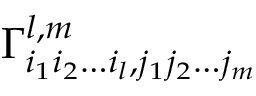
\Gamma _ { i _ { 1 } i _ { 2 } \dots i _ { l } , j _ { 1 } j _ { 2 } \dots j _ { m } } ^ { l , m }